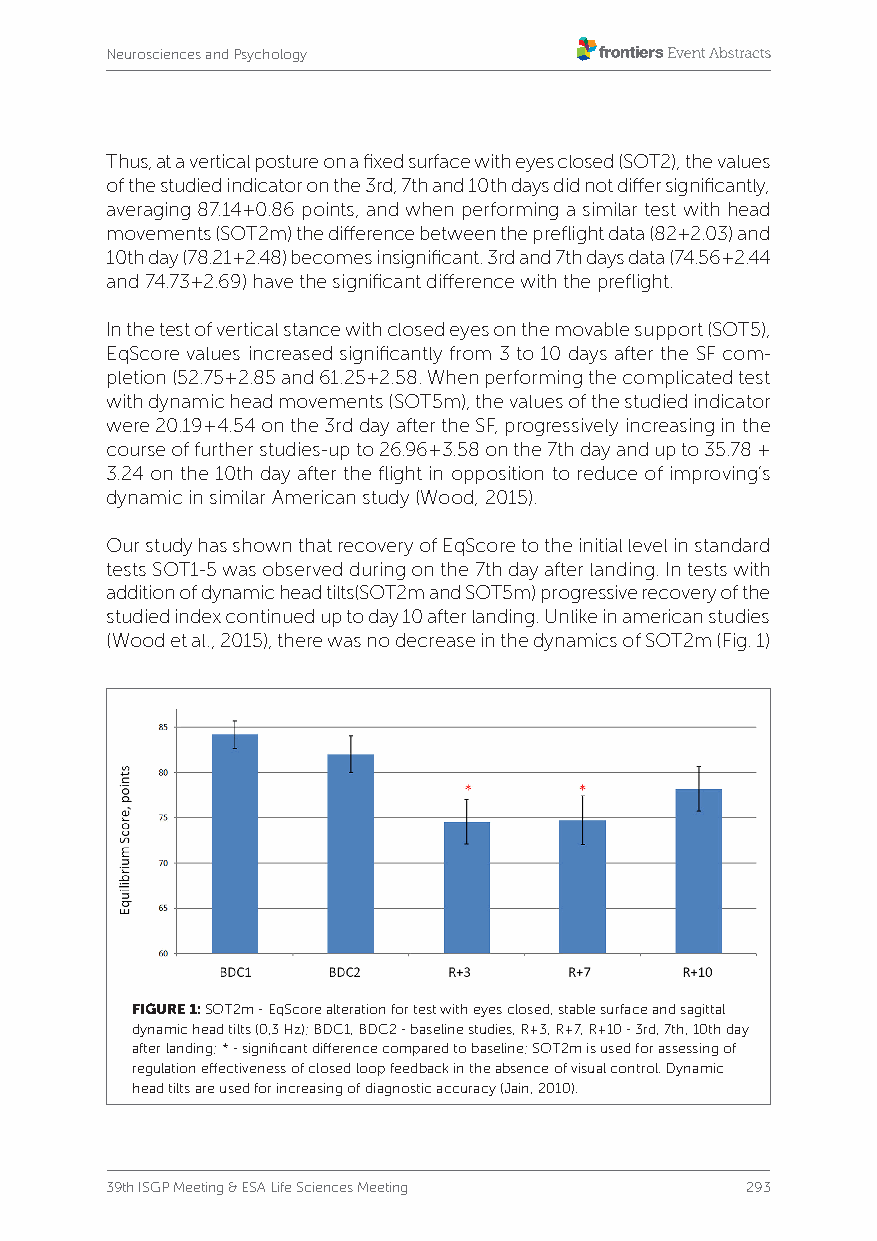
Neurosciences and Psychology
 Thus, at a vertical posture on a fixed surface with eyes closed (SOT2), the values
 of the studied indicator on the 3rd, 7th and 10th days did not differ significantly,
 averaging 87.14+0.86 points, and when performing a similar test with head
 movements (SOT2m) the difference between the preflight data (82+2.03) and
 10th day (78.21+2.48) becomes insignificant. 3rd and 7th days data (74.56+2.44
 and 74.73+2.69) have the significant difference with the preflight.
 In the test of vertical stance with closed eyes on the movable support (SOT5),
 EqScore values increased significantly from 3 to 10 days after the SF com-
 pletion (52.75+2.85 and 61.25+2.58. When performing the complicated test
 with dynamic head movements (SOT5m), the values of the studied indicator
 were 20.19+4.54 on the 3rd day after the SF, progressively increasing in the
 course of further studies-up to 26.96+3.58 on the 7th day and up to 35.78 +
 3.24 on the 10th day after the flight in opposition to reduce of improving’s
 dynamic in similar American study (Wood, 2015).
 Our study has shown that recovery of EqScore to the initial level in standard
 tests SOT1-5 was observed during on the 7th day after landing. In tests with
 addition of dynamic head tilts(SOT2m and SOT5m) progressive recovery of the
 studied index continued up to day 10 after landing. Unlike in american studies
 (Wood et al., 2015), there was no decrease in the dynamics of SOT2m (Fig. 1)
 FIGURE 1: SOT2m - EqScore alteration for test with eyes closed, stable surface and sagittal
 dynamic head tilts (0,3 Hz); BDC1, BDC2 - baseline studies, R+3, R+7, R+10 - 3rd, 7th, 10th day
 after landing; * - significant difference compared to baseline; SOT2m is used for assessing of
 regulation effectiveness of closed loop feedback in the absence of visual control. Dynamic
 head tilts are used for increasing of diagnostic accuracy (Jain, 2010).
 39th ISGP Meeting & ESA Life Sciences Meeting 293